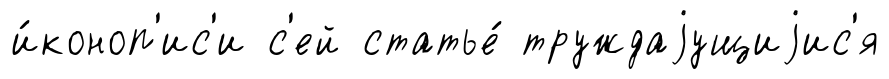
и́коноп'ис'и с'ей статье́ труждаjущиjис'я